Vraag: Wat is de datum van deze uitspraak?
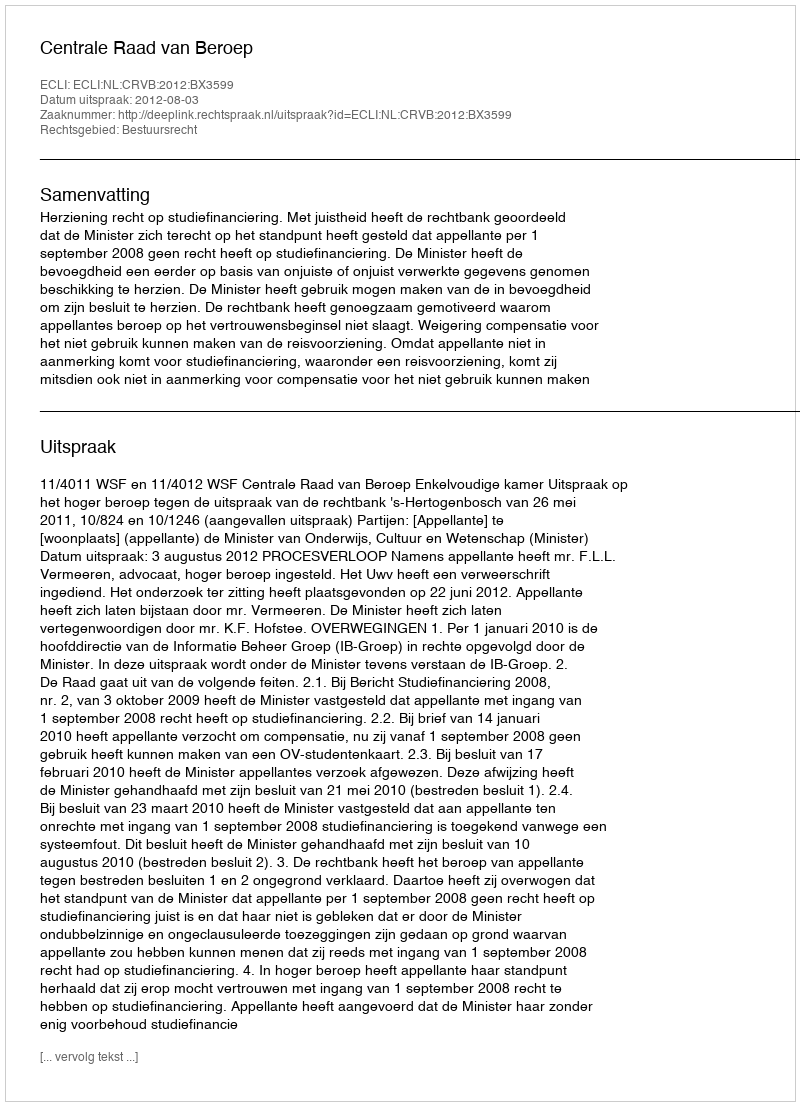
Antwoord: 2012-08-03